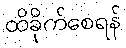
ထိခိုက်စေရန်